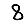
Digit: 8